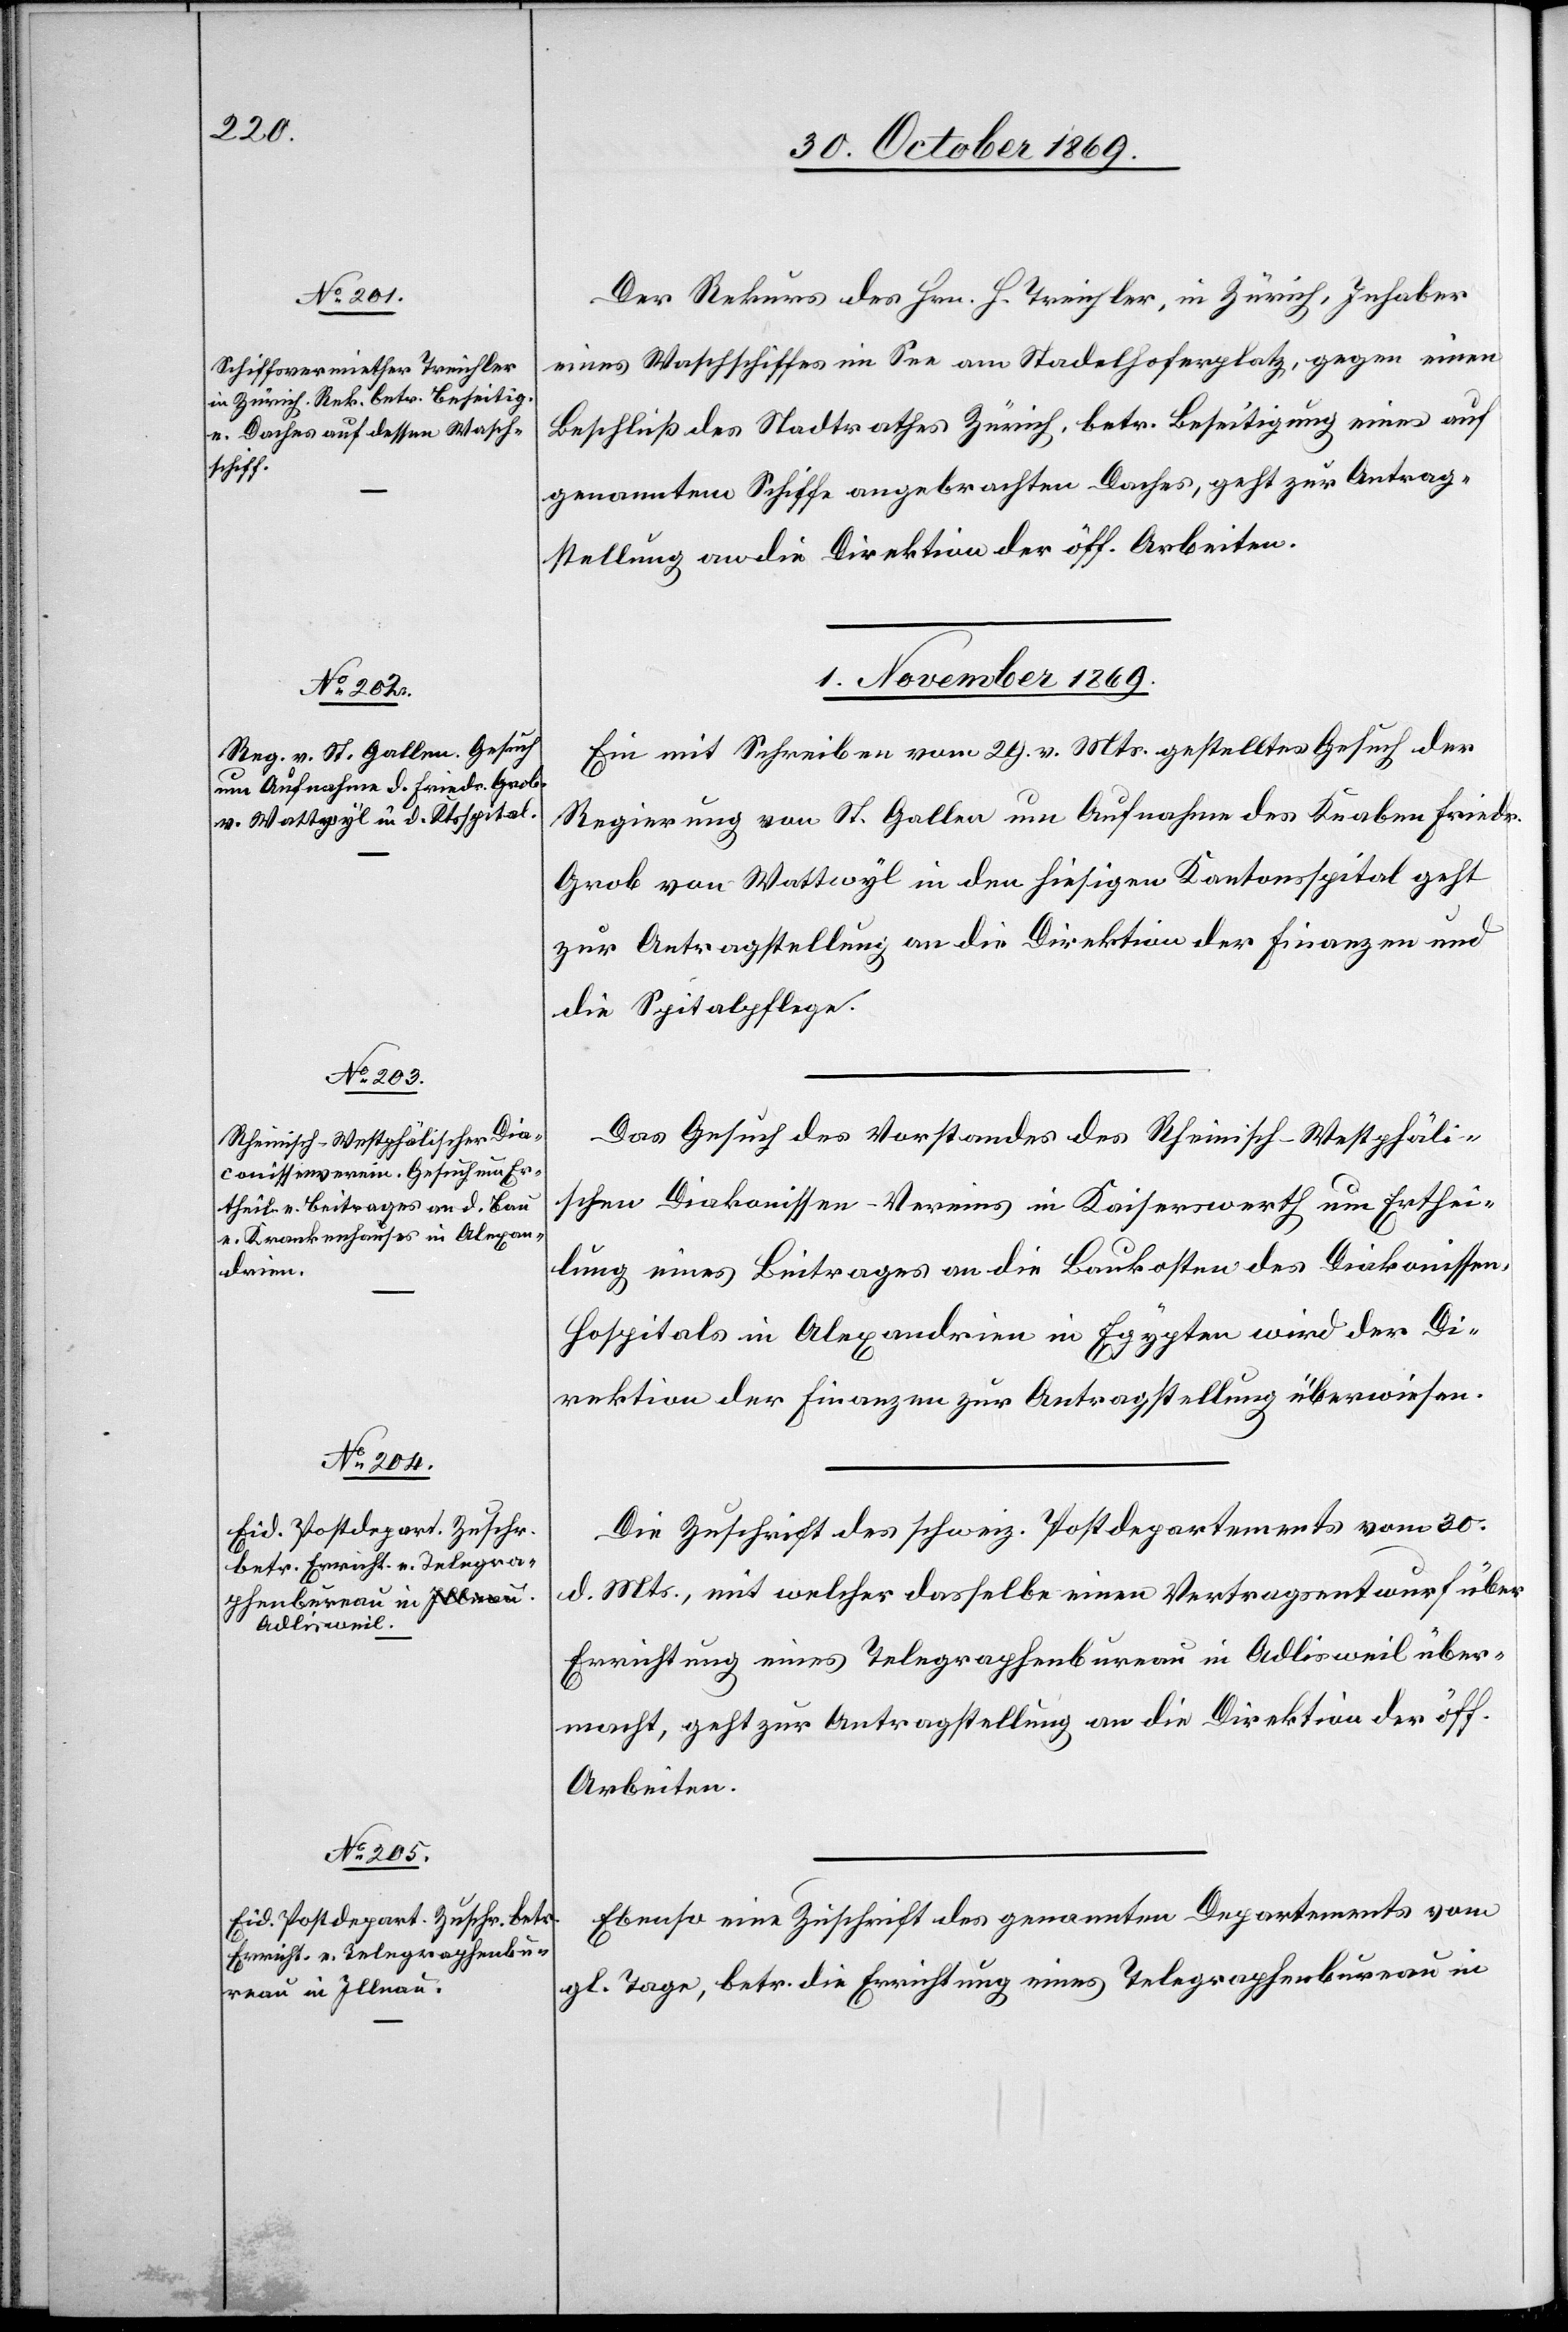
30. October 1869.]
Der Rekurs des Hrn. H. Treichler, in Zürich, Inhaber
eines Waschschiffes im See am Stadelhoferplatz, gegen einen
Beschluß des Stadtrathes Zürich, betr. Beseitigung eines auf
genanntem Schiffe angebrachten Daches, geht zur Antrag¬
stellung an die Direktion der öff. Arbeiten.
1. November 1869.]
Ein mit Schreiben vom 29. v. Mts. gestelltes Gesuch der
Regierung von St. Gallen um Aufnahme des Knaben Friedr.
Grob von Wattwyl in den hiesigen Kantonsspital geht
zur Antragstellung an die Direktion der Finanzen und
die Spitalpflege.
Das Gesuch des Vorstandes des Rheinisch-Westphäli¬
schen Diakonissen-Vereins in Kaiserswerth um Erthei¬
lung eines Beitrages an die Baukosten des Diakonissen-H¬
ospitals in Alexandrien in Egypten wird der Di¬
rektion der Finanzen zur Antragstellung überwiesen.
Die Zuschrift des schweiz. Postdepartements vom 30.
d. Mts., mit welcher dasselbe einen Vertragsentwurf über
Errichtung eines Telegraphenbureau in Adlisweil über¬
macht, geht zur Antragstellung an die Direktion der öff.
Arbeiten.
Ebenso eine Zuschrift des genannten Departements vom
gl. Tage, betr. die Errichtung eines Telegraphenbureau in